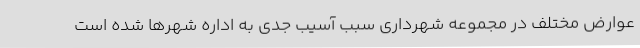
عوارض مختلف در مجموعه شهرداری سبب آسیب جدی به اداره شهرها شده است